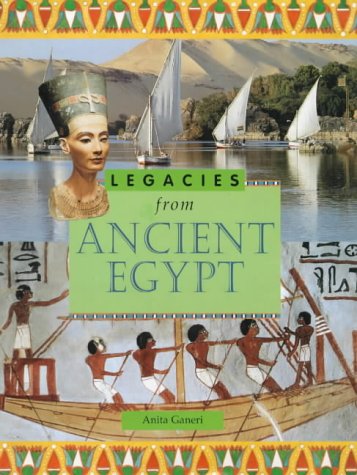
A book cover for Ancient Egypt (Legacies From...); Anita Ganeri; Children's Books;